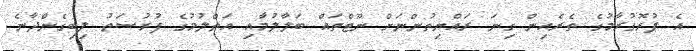
އެ ޕުރޮގުރާމުގެ ތެރެއިން ގިނަ ރައްޔިތުންނަށް ނޫޓްތައް ބަލާލުމާއި އަތްލުމުގެ ފުރުސަތު ލިބިގެންދާނެ